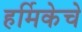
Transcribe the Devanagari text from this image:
हर्मिकेचे